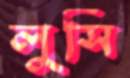
লুসি